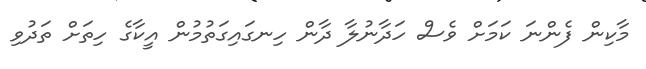
މާކިން ފެންނަ ކަމަށް ވެސް ހަދާނުލާ ދާން ހިނގައިގަތުމުން އީކާގެ ހިތަށް ތަދުވި